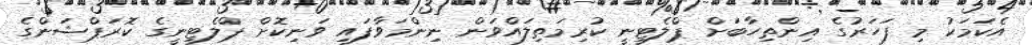
އެކަމަކު މި ފަހަރުގެ އިންތިހާބަށް ޕްލެޓިނީ ކުރިމަތިލައްވަން ނިންމަވާފައި ވަނިކޮށް ޕްލެޓިނީގެ ކޮރަޕްޝަންގެ